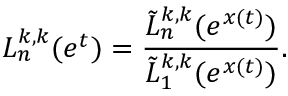
L _ { n } ^ { k , k } ( e ^ { t } ) = \frac { \tilde { L } _ { n } ^ { k , k } ( e ^ { x ( t ) } ) } { \tilde { L } _ { 1 } ^ { k , k } ( e ^ { x ( t ) } ) } .